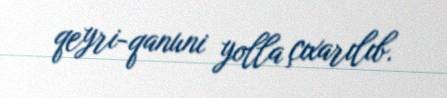
qeyri-qanuni yolla çıxarılıb.